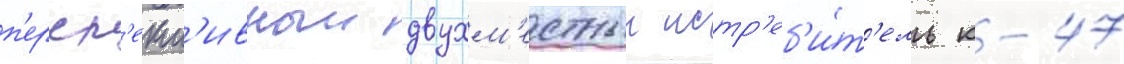
п'ерсп'ект'ивныи двухм'естныи истр'еб'и́т'ель к-47